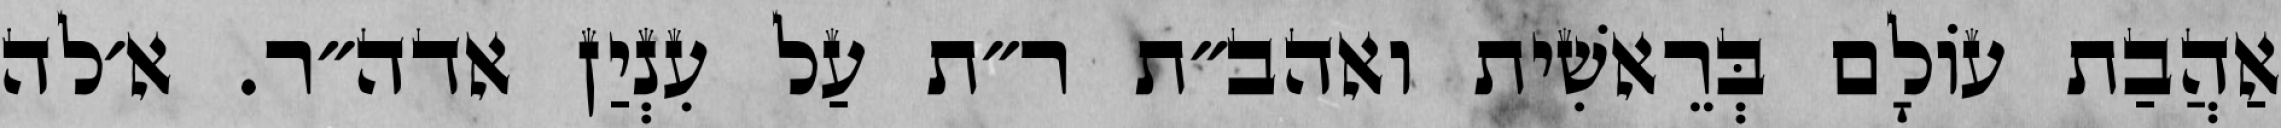
אַהֲבַת עוֹלָם בְּרֵאשִׁית ואהב״ת ר״ת עַל עִנְיַן אדה״ר. א׳לה